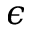
\epsilon